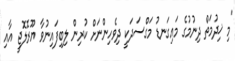
"މި ޚިދުމަތް ދިނުމުގެ މައިގަނޑު މަގްސަދަކީ ދިވެހިންނަށް ކުރިން ލިބިފައިނުވާ ޔޫރޮލޮޖީ އާއި